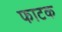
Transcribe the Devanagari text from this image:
फाटक